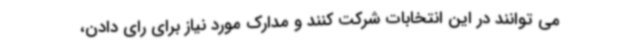
می توانند در این انتخابات شرکت کنند و مدارک مورد نیاز برای رای دادن،